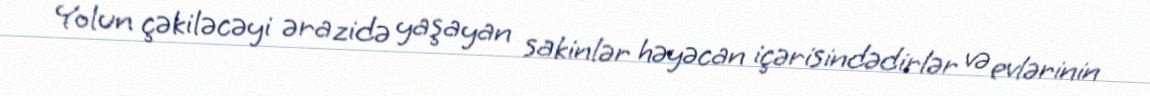
Yolun çəkiləcəyi ərazidə yaşayan sakinlər həyəcan içərisindədirlər və evlərinin